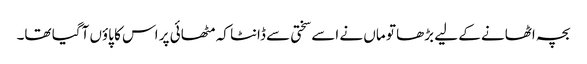
بچہ اٹھانے کے لیے بڑھا تو ماں نے اسے سختی سے ڈانٹا کہ مٹھائی پر اس کا پاؤں آگیا تھا۔